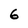
Character: 6